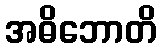
အဓိဘောတိ